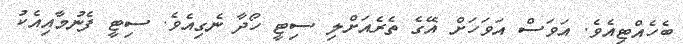
ބެހެއްޓިއެވެ. އަވަސް އަވަހަށް އޭގެ ތެރެއަށްލި ސިޓީ ހޯދާ ނެގިއެވެ. ސިޓީ ފެނުމާއިއެކު